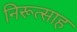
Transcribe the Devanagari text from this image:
निरूत्साह